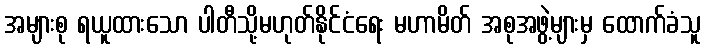
အများစု ရယူထားသော ပါတီသို့မဟုတ်နိုင်ငံရေး မဟာမိတ် အစုအဖွဲ့များမှ ထောက်ခံသူ